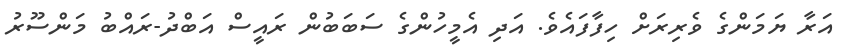
އަރާ ޔަމަންގެ ވެރިރަށް ހިފާފައެވެ. އަދި އެމީހުންގެ ސަބަބުން ރައީސް އަބްދު-ރައްބު މަންސޫރު